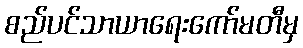
စည်ပင်သာယာရေးကော်မတီမှ